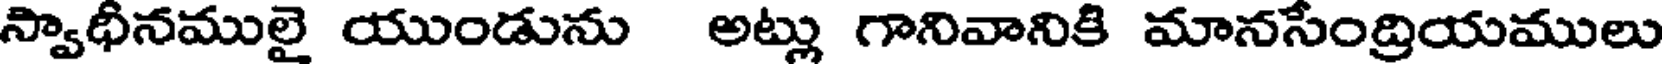
స్వాధీనములై యుండును అట్లు గానివానికి మానసేంద్రియములు